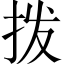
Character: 拨